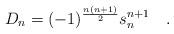
LaTeX: \begin{gather*} D_{n} = (-1)^{\frac{n (n+1)}{2}} s_{n}^{n+1} \ \ \ .\end{gather*}